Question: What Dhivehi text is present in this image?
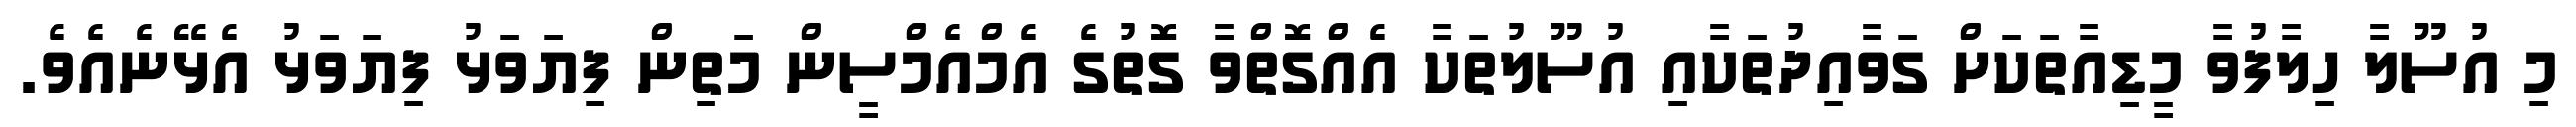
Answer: މި އުސޫލާ ހިލާފުވާ މީޑިއާތަކަށް ގަވާއިދުތަކާއި އުސޫލުތަކާ އެއްގޮތްވާ ގޮތުގެ އެމްއެމްސީން މަތިން ފިޔަވަޅު ފިޔަވަޅު އެޅޭނެއެވެ.